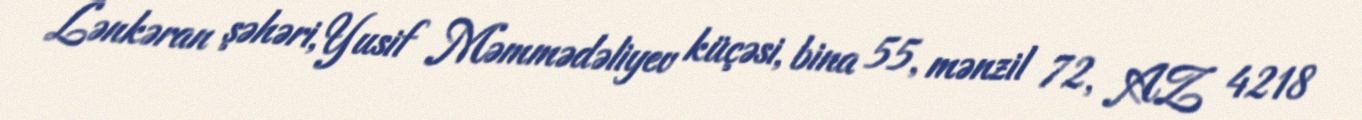
Lənkəran şəhəri, Yusif Məmmədəliyev küçəsi, bina 55, mənzil 72, AZ 4218